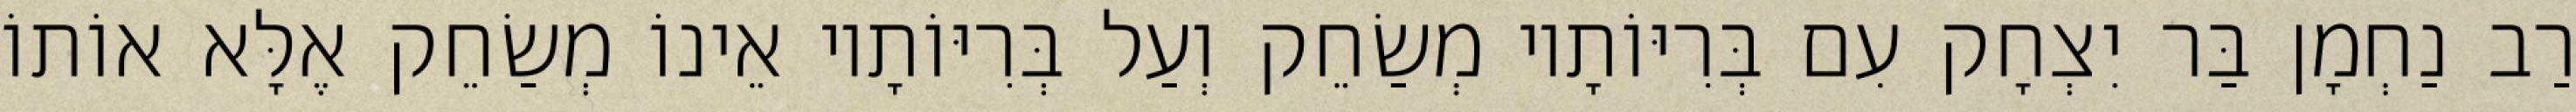
רַב נַחְמָן בַּר יִצְחָק עִם בְּרִיּוֹתָיו מְשַׂחֵק וְעַל בְּרִיּוֹתָיו אֵינוֹ מְשַׂחֵק אֶלָּא אוֹתוֹ